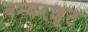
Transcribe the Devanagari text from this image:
बम्बरशूट